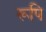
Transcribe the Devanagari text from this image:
रूपि